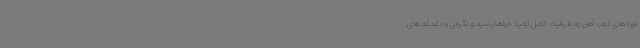
نوردهای ذوب آهن به ظرفیت کامل تولید خواهدرسید و نگرانی و دغدغه های